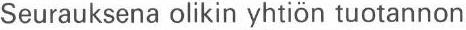
Seurauksena olikin yhtiön tuotannon